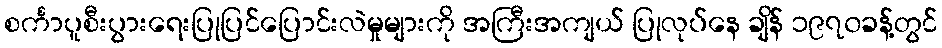
စင်္ကာပူစီးပွားရေးပြုပြင်ပြောင်းလဲမှုများကို အကြီးအကျယ် ပြုလုပ်နေ ချိန် ၁၉၇၀ခန့်တွင်